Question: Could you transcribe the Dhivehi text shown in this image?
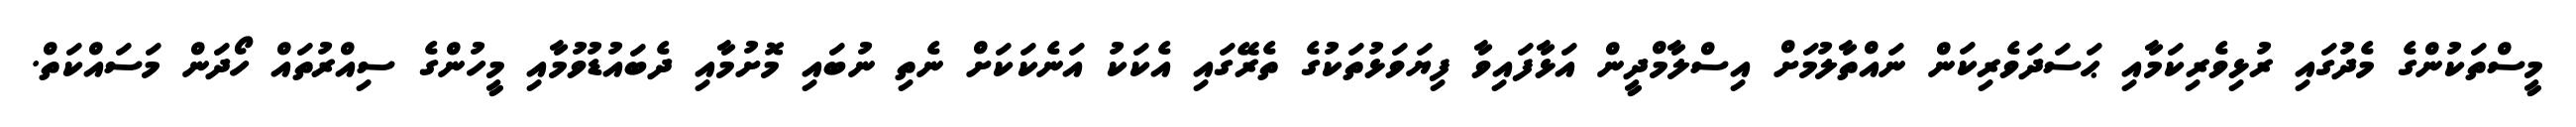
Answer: މީސްތަކުންގެ މެދުގައި ރުޅިވެރިކަމާއި ޙަސަދަވެރިކަން ނައްތާލުމަށް އިސްލާމްދީން އަޅާފައިވާ ފިޔަވަޅުތަކުގެ ތެރޭގައި އެކަކު އަނެކަކަށް ނެތި ނުބައި މޮށުމާއި ދެބައުޑުވުމާއި މީހުންގެ ސިއްރުތައް ހޯދަން މަސައްކަތް.